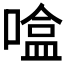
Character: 𰈦